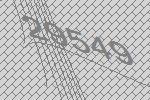
29549